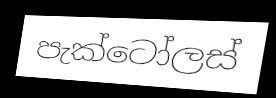
පැක්ටෝලස්